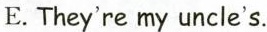
E.They're my uncle's.